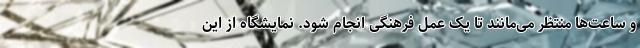
و ساعت‌ها منتظر می‌مانند تا یک عمل فرهنگی انجام شود. نمایشگاه از این